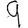
Digit: 9